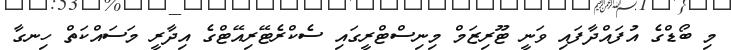
މި ބޯޑްގެ އުފައްދާފައި ވަނީ ޓޫރިޒަމް މިނިސްޓްރީގައި ސެކްރެޓޭރިއޭޓްގެ އިދާރީ މަސައްކަތް ހިނގާ